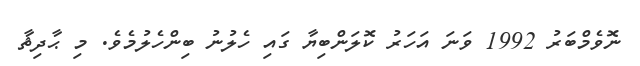
ނޮވެމްބަރު 1992 ވަނަ އަހަރު ކޮލަންބިޔާ ގައި ހެލުނު ބިންހެލުމެވެ. މި ޙާދިޘާ